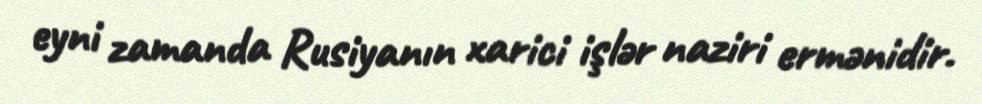
eyni zamanda Rusiyanın xarici işlər naziri ermənidir.